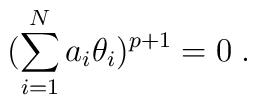
(\sum^{N}_{i=1} a_{i}\theta_{i})^{p+1}=0\; .